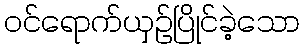
ဝင်ရောက်ယှဉ်ပြိုင်ခဲ့သော